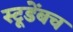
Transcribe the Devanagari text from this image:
स्टूडेंबच